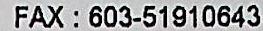
FAX: 603-51910643